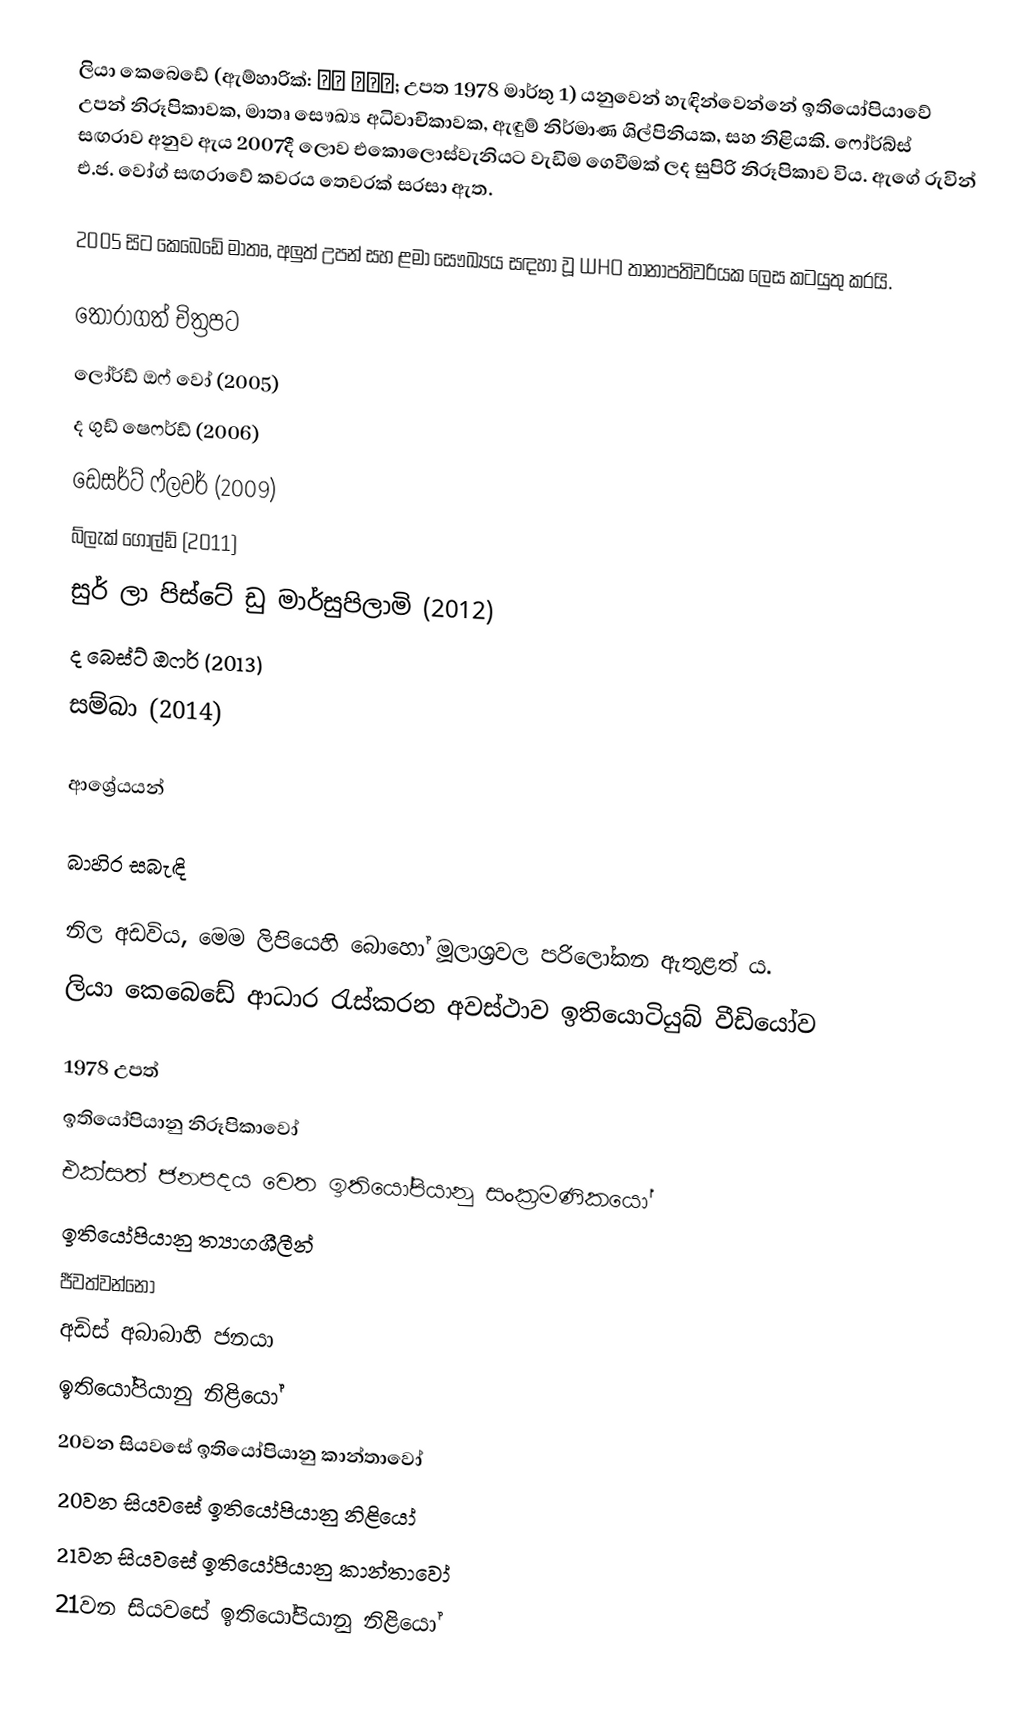
ලියා කෙබෙඩේ (ඇම්හාරික්: ሊያ ከበደ; උපත 1978 මාර්තු 1) යනුවෙන් හැඳින්වෙන්නේ ඉතියෝපියාවේ උපන් නිරූපිකාවක, මාතෘ සෞඛ්‍ය අධිවාචිකාවක, ඇඳුම් නිර්මාණ ශිල්පිනියක, සහ නිළියකි. ෆෝර්බ්ස් සඟරාව අනුව ඇය 2007දී ලොව එකොලොස්වැනියට වැඩිම ගෙවීමක් ලද සුපිරි නිරූපිකාව විය. ඇගේ රුවින් එ.ජ. වෝග් සඟරාවේ කවරය තෙවරක් සරසා ඇත.

2005 සිට කෙබෙඩේ මාතෘ, අලුත් උපන් සහ ළමා සෞඛ්‍යය සඳහා වූ WHO තානාපතිවරියක ලෙස කටයුතු කරයි.

තෝරාගත් චිත්‍රපට
ලෝර්ඩ් ඔෆ් වෝ (2005)
ද ගුඩ් ෂෙෆර්ඩ් (2006)
ඩෙසර්ට් ෆ්ලවර් (2009)
බ්ලැක් ගෝල්ඩ් (2011)
සුර් ලා පිස්ටේ ඩු මාර්සුපිලාමි (2012)
ද බෙස්ට් ඔෆර් (2013)
සම්බා (2014)

ආශ්‍රේයයන්

බාහිර සබැඳි

නිල අඩවිය, මෙම ලිපියෙහි බොහෝ මූලාශ්‍රවල පරිලෝකන ඇතුළත් ය.
ලියා කෙබෙඩේ ආධාර රැස්කරන අවස්ථාව ඉතියොටියුබ් වීඩියෝව

1978 උපත්
ඉතියෝපියානු නිරූපිකාවෝ
එක්සත් ජනපදය වෙත ඉතියෝපියානු සංක්‍රමණිකයෝ
ඉතියෝපියානු ත්‍යාගශීලීන්
ජීවත්වන්නෝ
අඩිස් අබාබාහි ජනයා
ඉතියෝපියානු නිළියෝ
20වන සියවසේ ඉතියෝපියානු කාන්තාවෝ
20වන සියවසේ ඉතියෝපියානු නිළියෝ
21වන සියවසේ ඉතියෝපියානු කාන්තාවෝ
21වන සියවසේ ඉතියෝපියානු නිළියෝ